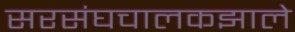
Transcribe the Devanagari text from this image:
सरसंघचालकझाले